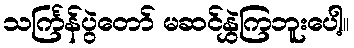
သင်္ကြန်ပွဲတော် မဆင်နွှဲကြဘူးပေါ့။